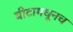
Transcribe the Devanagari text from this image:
बीटामधूनच